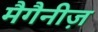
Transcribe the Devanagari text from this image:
मैगैनीज़